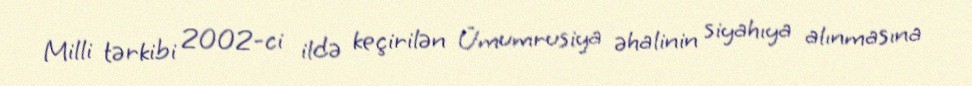
Milli tərkibi 2002-ci ildə keçirilən Ümumrusiya əhalinin siyahıya alınmasına